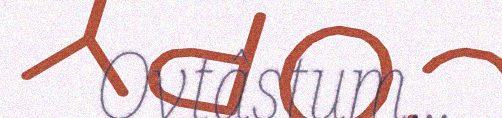
Ovtâstum...